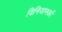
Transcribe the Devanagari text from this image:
विनियामकों